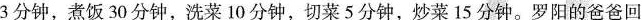
3分钟，煮饭30分钟，洗菜10分钟，切菜5分钟，炒菜15分钟。罗阳的爸爸回